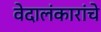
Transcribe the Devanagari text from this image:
वेदालंकारांचे